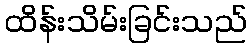
ထိန်းသိမ်းခြင်းသည်